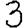
Digit: 3